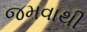
જમવાથી